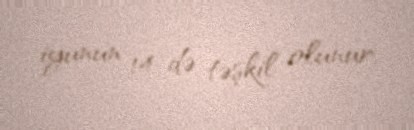
iyunun 14-də təşkil olunur.